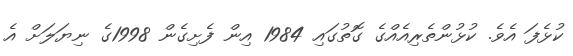
ކުޅެފަ އެވެ. ކުޅުންތެރިއެއްގެ ގޮތުގައި 1984 އިން ފެށިގެން 1998ގެ ނިޔަލަށް އެ